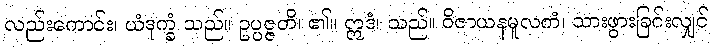
လည်းကောင်း၊ ယံဒုက္ခံ သည်။ ဥပ္ပဇ္ဇတိ၊ ၏။ ဣဒံ၊ သည်။ ဝိဇာယနမူလကံ၊ သားဖွားခြင်းလျှင်